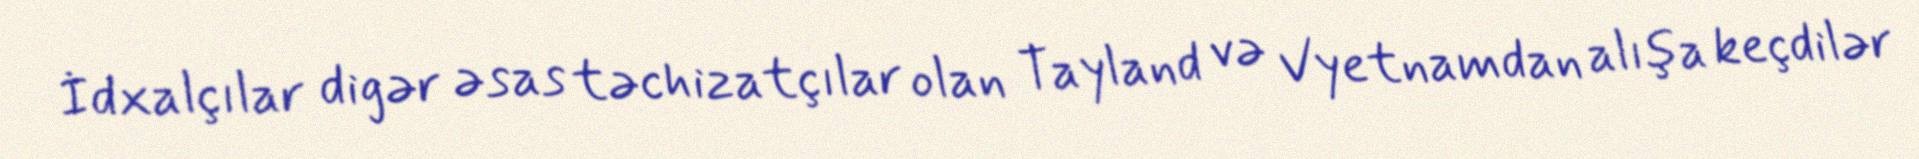
İdxalçılar digər əsas təchizatçılar olan Tayland və Vyetnamdan alışa keçdilər